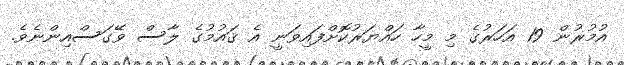
އުމުރުން 19 އަހަރުގެ މި މީހާ ހައްޔަރުކޮށްފައިވަނީ އެ ޤައުމުގެ ލާސް ވޭގަސްއިންނެވެ.